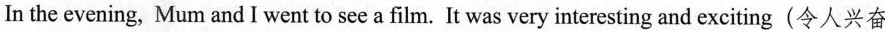
In the evening, Mum and I went to see a film. It was very interesting and exciting(令人兴奋